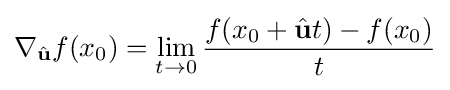
\nabla _{\hat {\mathbf {u}}}f(x_{0})=\lim _{t\to 0}{\frac {f(x_{0}+{\hat {\mathbf {u}}}t)-f(x_{0})}{t}}